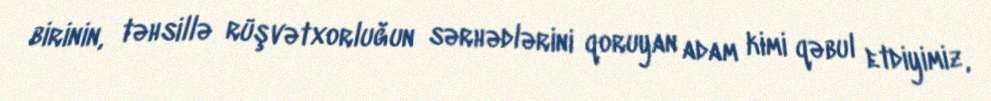
birinin, təhsillə rüşvətxorluğun sərhədlərini qoruyan adam kimi qəbul etdiyimiz,